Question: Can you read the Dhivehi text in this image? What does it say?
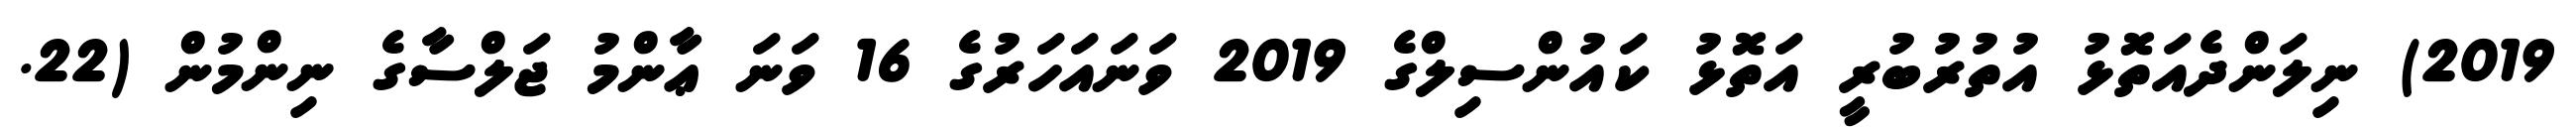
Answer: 2019) ނިލަންދެއަތޮޅު އުތުރުބުރީ އަތޮޅު ކައުންސިލްގެ 2019 ވަނައަހަރުގެ 16 ވަނަ ޢާންމު ޖަލްސާގެ ނިންމުން (22.